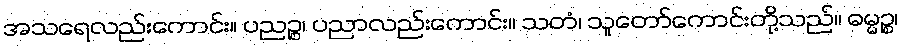
အသရေလည်းကောင်း။ ပညဉ္စ၊ ပညာလည်းကောင်း။ သတံ၊ သူတော်ကောင်းတို့သည်။ ဓမ္မဉ္စ၊